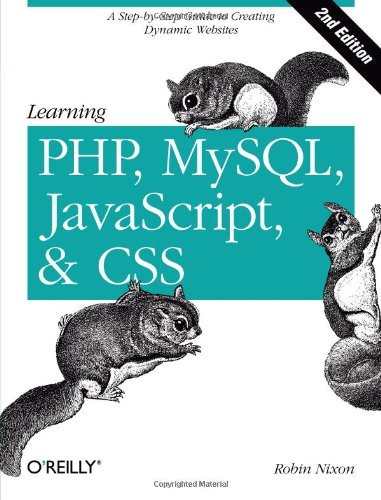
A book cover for Learning PHP, MySQL, JavaScript, and CSS: A Step-by-Step Guide to Creating Dynamic Websites; Robin Nixon; Computers & Technology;